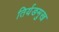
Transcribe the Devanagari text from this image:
तिर्यङमुख